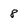
Character: 8